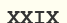
ХХІХ